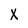
Character: X